Leaving Certificate Examination, 1909
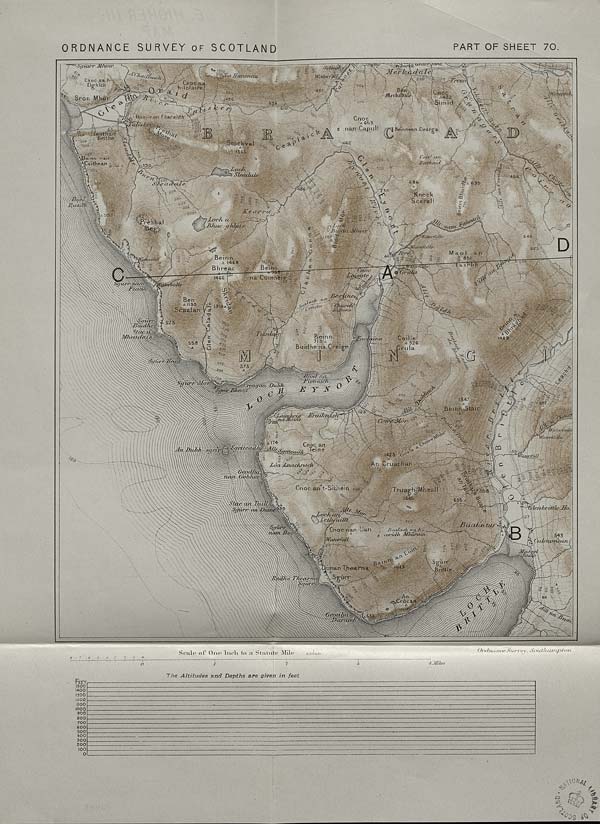
ORDNANCE SURVEY of SCOTLAND
PART OF SHEET 70.
: Si/iu/T Mhmr
Cnoc n
Cn be
■ Me
Sron
imid
€
I
686
m
%
Knock
S canal I
h r <t i
’iPreshal
\fih<4c cfhl\
■ . :p
H /
, Be inn
4
v y
/ a 146 8
' Bhreac ' ■“
/ „
r loi.-'i--.-
Ben
AK
525
Coille y : A 926
jrula
5!
Buidhe na-Creig-n
m
T
;vu]
2 73
^ X 3 r
Kia/J.-ji' i yJi'
u 174
((•Jib/ ■ lilielia
543
; » X' ulritonGcui
BcW,rr N.
sBrittle
Scale ol* One Inch to ;» Statute Mile
Or' drumey; Siii' vev. SoiitJumtjjton
Feet 1500
1400 1300 1200 MOO
1000 900
800 700
600 500 400
300 200
The Altitudes and Depths are given in feet